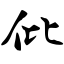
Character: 仳